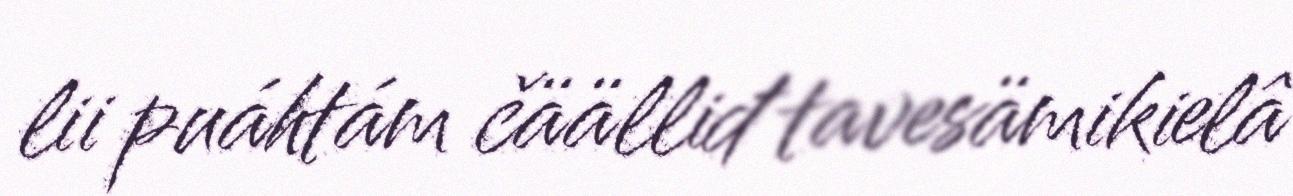
lii puáhtám čäälliđ tavesämikielâ